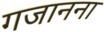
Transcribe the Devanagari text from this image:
गजानना